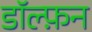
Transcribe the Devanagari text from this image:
डॉल्फ़न